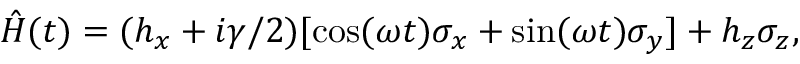
{ \hat { H } } ( t ) = ( h _ { x } + i \gamma / 2 ) [ \cos ( \omega t ) \sigma _ { x } + \sin ( \omega t ) \sigma _ { y } ] + h _ { z } \sigma _ { z } ,